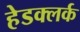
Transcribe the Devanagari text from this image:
हेडक्लर्क